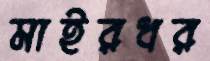
মাইরধর